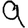
Digit: 9